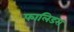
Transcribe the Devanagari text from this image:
फालिडस